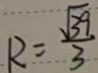
R = \frac { \sqrt { 3 9 } } { 3 }